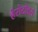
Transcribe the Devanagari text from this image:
हेरोटोडस